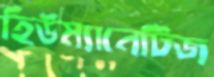
হিউম্যানেটিজ